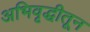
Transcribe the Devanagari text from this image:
अभिवृद्धीतून